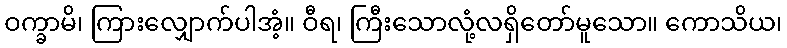
ဝက္ခာမိ၊ ကြားလျှောက်ပါအံ့။ ဝီရ၊ ကြီးသောလုံ့လရှိတော်မူသော။ ကောသိယ၊